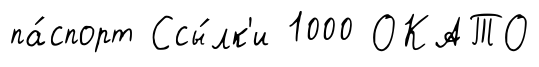
па́спорт Ссы́лк'и 1000 ОКАТО